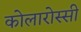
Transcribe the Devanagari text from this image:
कोलारोस्सी